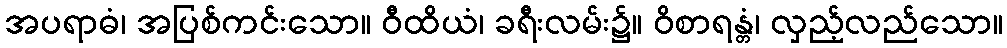
အပရာဓံ၊ အပြစ်ကင်းသော။ ဝီထိယံ၊ ခရီးလမ်း၌။ ဝိစာရန္တံ၊ လှည့်လည်သော။